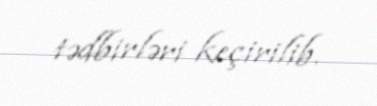
tədbirləri keçirilib.